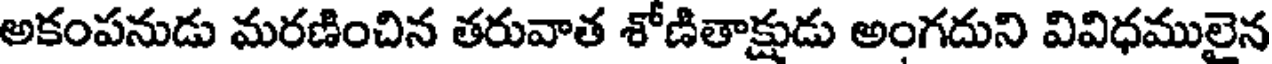
అకంపనుడు మరణించిన తరువాత శోణితాక్షుడు అంగదుని వివిధములైన